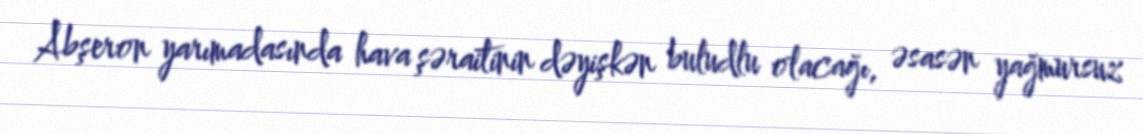
Abşeron yarımadasında hava şəraitinin dəyişkən buludlu olacağı, əsasən yağmursuz